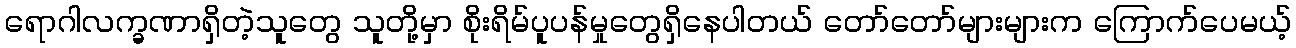
ရောဂါလက္ခဏာရှိတဲ့သူတွေ သူတို့မှာ စိုးရိမ်ပူပန်မှုတွေရှိနေပါတယ် တော်တော်များများက ကြောက်ပေမယ့်